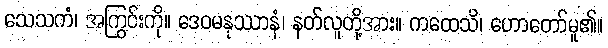
သေသကံ၊ အကြွင်းကို။ ဒေဝမနုဿာနံ၊ နတ်လူတို့အား။ ကထေသိ၊ ဟောတော်မူ၏။